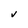
Character: V